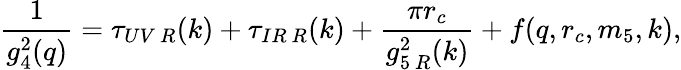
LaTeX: \frac{1}{g_{4}^{2}(q)}=\tau_{UV~R}(k)+\tau_{IR~R}(k)+\frac{\pi r_{c}}{g_{5~R}^{2}(k)}+f(q,r_{c},m_{5},k),